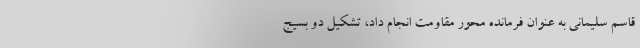
قاسم سلیمانی به عنوان فرمانده محور مقاومت انجام داد، تشکیل دو بسیج